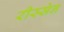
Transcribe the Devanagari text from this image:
रीस्सेन